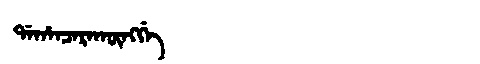
Manchu: ᡩᠠᡥᠠᠨᠴᠠᡵᠠᡴᡡᠩᡤᡝ
Romanization: DAHANCARAKŪNGGE